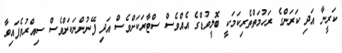
ކަރީނާ އަދި ކަރަންގެ ރަހުމަތްތެރިކަމަކީ ބޮލީވުޑްގެ އެއްވެސް ސްޓާރަކަށްވެސް އަދި ފޭނުންނަކަށްވެސް ސިއްރުވެފައިވާ